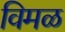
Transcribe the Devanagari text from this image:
विमळ